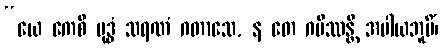
“ယေ ကေစိ ဗုဒ္ဓံ သရဏံ ဂတာသေ, န တေ ဂမိဿန္တိ အပါယဘူမိံ၊